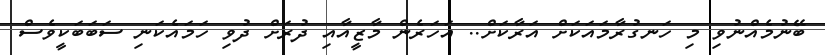
ބޭނުމެއްނުވި މި ހަނގުރާމައަކަށް އަރާކަށް.. އަހަރެން މާޒީއާއި ދުރަށް ދުވި ހަމައެކަނި ސަބަބަކީވެސް